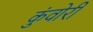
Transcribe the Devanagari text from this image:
कुंवोरी